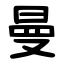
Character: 曼